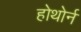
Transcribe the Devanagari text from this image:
होथोर्न